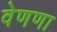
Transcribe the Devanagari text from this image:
वेणणा